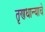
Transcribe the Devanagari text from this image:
तृणधान्याचे